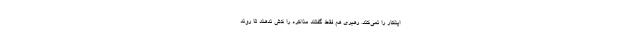
اینکار را نمی‌کند. رهبری هم فقط گفتند مذاکره را کش ندهند تا روند